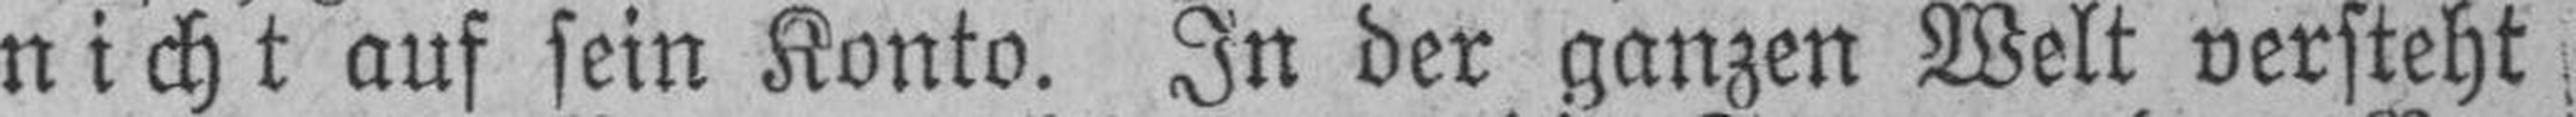
nicht auf sein Konto. In der ganzen Welt versteht